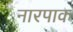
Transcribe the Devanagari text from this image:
नारपाक